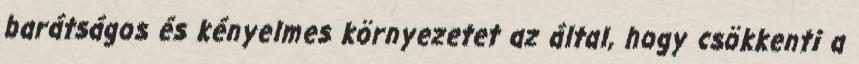
barátságos és kényelmes környezetet az által, hogy csökkenti a